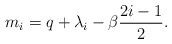
\begin{align*}m_i = q + \lambda_i -\beta {2i - 1 \over 2}.\end{align*}